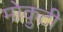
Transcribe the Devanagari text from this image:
मोकुटी